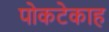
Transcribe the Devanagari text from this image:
पोकटेकाह